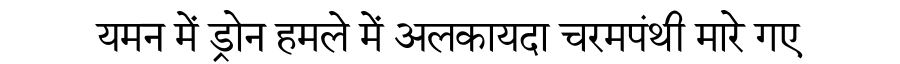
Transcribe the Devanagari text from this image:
यमन में ड्रोन हमले में अलकायदा चरमपंथी मारे गए